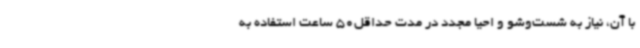
با آن، نیاز به شست‌وشو و احیا مجدد در مدت حداقل50 ساعت استفاده به